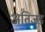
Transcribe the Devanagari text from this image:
अतिजड